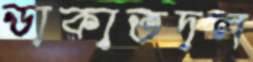
ডাকাতদল